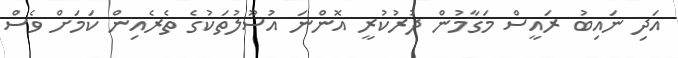
އަދި ނައިބު ރައީސް މަގާމުން ދުރުކުރީ އޮންނަ އުސޫލުތަކުގެ ތެރެއިން ކަމަށް ވެސް